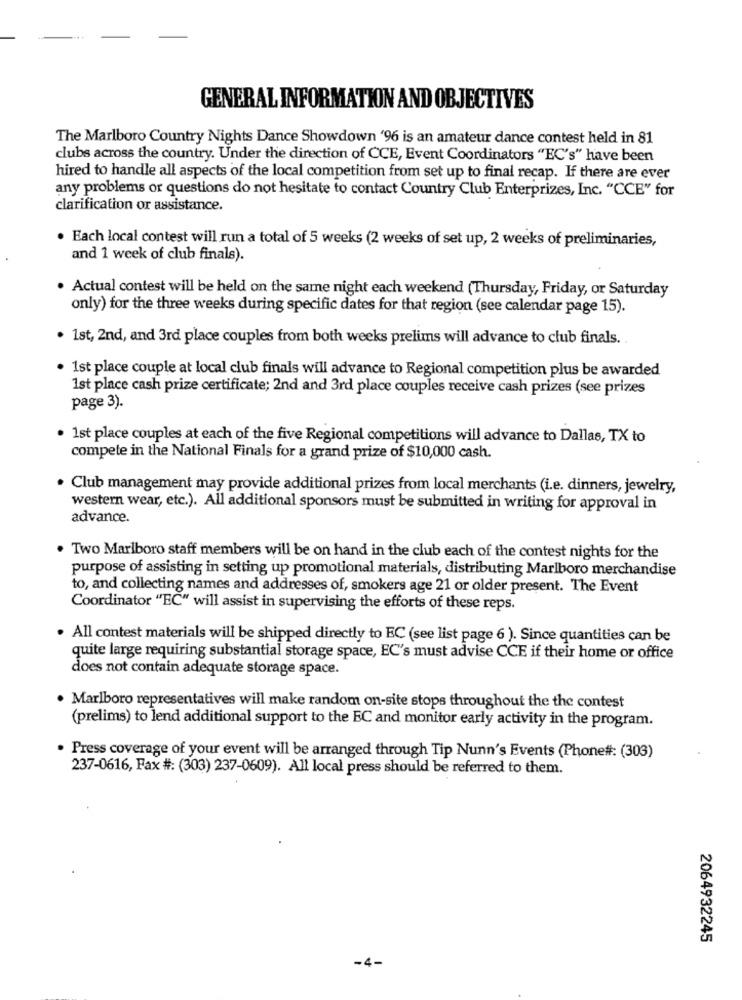
GENERAL INFORMATION AND OBJECTIVES
The Marlboro Country Nights Dance Showdown '96 is an amateur dance contest held in 81
clubs across the country. Under the direction of CCE, Event Coordinators "EC's" have been
hired to handle all aspects of the local competition from set up to final recap. If there are ever
any problems or questions do not hesitate to contact Country Club Enterprizes, Inc. "CCE" for
clarification or assistance.
· Each local contest will run a total of 5 weeks (2 weeks of set up, 2 weeks of preliminaries,
and 1 week of club finals).
. Actual contest will be held on the same night each weekend (Thursday, Friday, or Saturday
only) for the three weeks during specific dates for that region (see calendar page 15).
. 1st, 2nd, and 3rd place couples from both weeks prelims will advance to club finals ..
· 1st place couple at local club finals will advance to Regional competition plus be awarded
1st place cash prize certificate; 2nd and 3rd place couples receive cash prizes (see prizes
page 3).
· 1st place couples at each of the five Regional competitions will advance to Dallas, TX to
compete in the National Finals for a grand prize of $10,000 cash.
· Club management may provide additional prizes from local merchants (i.e. dinners, jewelry,
western wear, etc.). All additional sponsors must be submitted in writing for approval in
advance.
. Two Marlboro staff members will be on hand in the club each of the contest nights for the
purpose of assisting in setting up promotional materials, distributing Marlboro merchandise
to, and collecting names and addresses of, smokers age 21 or older present. The Event
Coordinator "EC" will assist in supervising the efforts of these reps.
· All contest materials will be shipped directly to EC (see list page 6 ). Since quantities can be
quite large requiring substantial storage space, EC's must advise CCE if their home or office
does not contain adequate storage space.
. Marlboro representatives will make random on-site stops throughout the the contest
(prelims) to lend additional support to the EC and monitor early activity in the program.
. Press coverage of your event will be arranged through Tip Nunn's Events (Phone#: (303)
237-0616, Fax #: (303) 237-0609). All local press should be referred to them.
2064932245
-4-